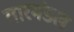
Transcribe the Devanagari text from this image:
तारमंडल